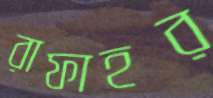
রাফাহর